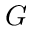
G